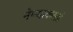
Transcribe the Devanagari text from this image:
नेण्याकरतां